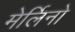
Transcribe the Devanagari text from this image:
मेर्लिनो